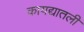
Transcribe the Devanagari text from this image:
कायद्यातली